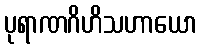
ပုရာဏဂိဟိသဟာယော